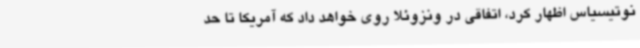
نوتیسیاس اظهار کرد، اتفاقی در ونزوئلا روی خواهد داد که آمریکا تا حد